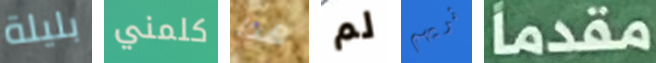
بليلة كلمني هذا لم نريهم مقدما